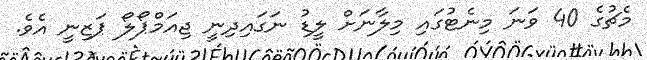
މެޗުގެ 40 ވަނަ މިނެޓުގައި މިލާނަށް ލީޑު ނަގައިދިނީ ޖިއަމްޕޯލޯ ޕަޒިނީ އެވެ.